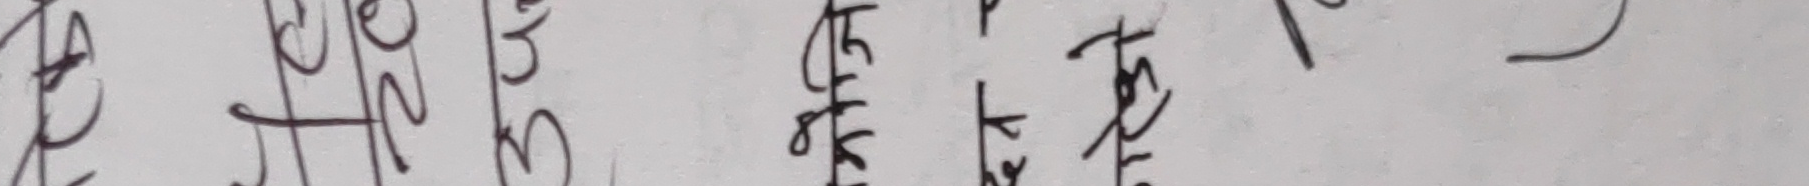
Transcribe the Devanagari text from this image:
२५/२/०२ एटलेट्‌ टाल्‌